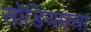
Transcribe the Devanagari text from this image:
सोडियमचा